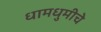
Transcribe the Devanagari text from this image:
धामधुमीचे